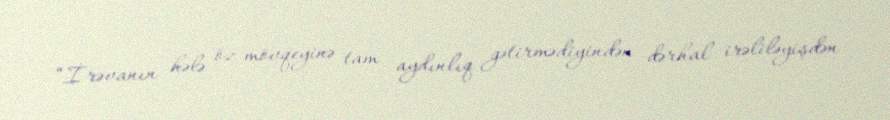
“İrəvanın hələ öz mövqeyinə tam aydınlıq gətirmədiyindən dərhal irəliləyişdən